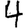
Digit: 4